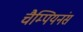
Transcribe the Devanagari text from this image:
चैम्पियनंस